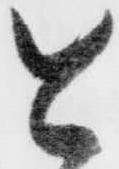
と